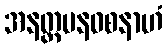
အနတ္တမနဝစနာဟံ